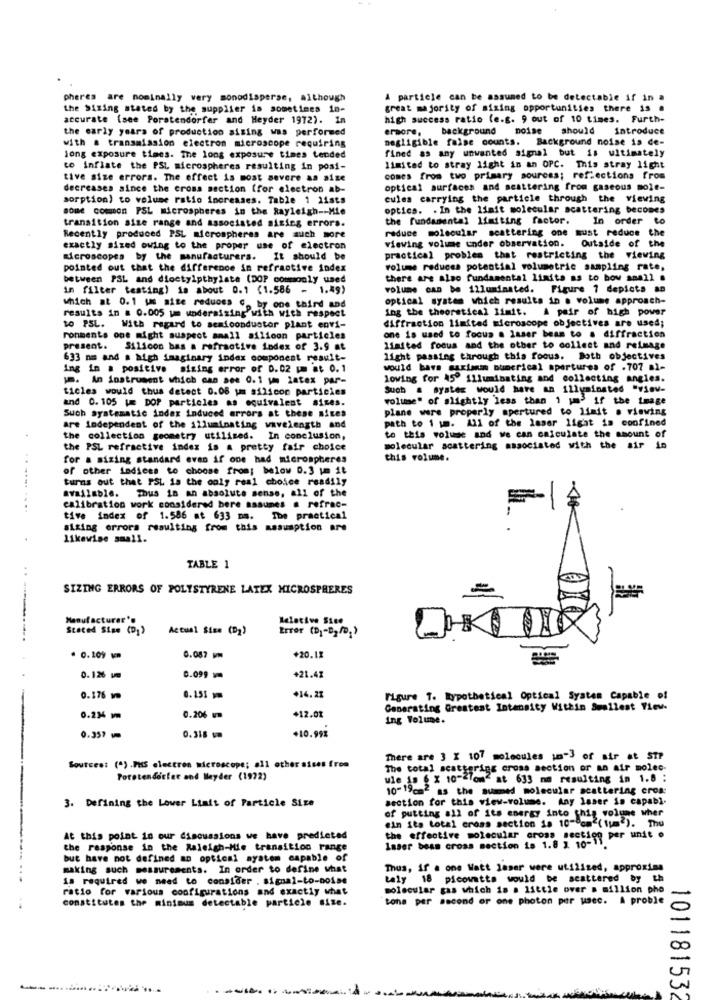
pheres are nominally very monodisperse, although
A particle can be assumed to be detectable if in #
the Sizing stated by the supplier is sometimes in-
great majority of mixing opportunities there is .
accurate (see Porstendorfer and Heyder 1972). In
high success ratio (e.g. 9 out of 10 times. Furth-
the early years of production sising was performed
ermore,
background noise should introduce
negligible false counts. Background noise is de-
with . transmission electron microscope requiring
long exposure times. The long exposure times tended
fined as any unwanted signal but is ultimately
to inflate the PSL microspheres resulting in posi-
limited to stray light in an OPC. This stray light
tive size errors. The effect is most severe as sise
comes from two primary sources; reflections from
decreases since the cross section (for electron ab-
optical surfaces and meattering from gaseous mole-
sorption) to volume ratio increases. Table 1 11sts
cules carrying the particle through the viewing
some common PSL microspheres in the Rayleigh -- Mie
optica. . In the limit molecular scattering becomes
the fundamental limiting factor.
In order to
transition size range and associated sizing errors.
reduce molecular scattering one must reduce the
Recently produced PSL microspheres are auch more
exactly sized owing to the proper use of electron
viewing volume under observation.
Outside of the
Microscopes by the manufacturers. It should be
practical problem that restricting the viewing
pointed out that the difference in refractive index
volume reduces potential volumetric sampling rate,
between PSL and dioetyipthylate (DOP commonly used
there are also fundamental limita as to bow anall .
in filter testing) se about 0.1 (1.586 - 1.49)
volume can be illuminated. Figure 7 depicts an
optical system which results in . volume approach-
which at 0.1 us site reduces c, by one third and
results in # 0.005 um underaising with with respect
ing the theoretical limit. A pair of high power
to PSL. With regard to semiconductor plant envi-
diffraction limited microscope objectives are used;
ronments one might suspect small silicon particles
one is used to focus a laser beam to a diffraction
present. Silicon bas a refractive index of 3.9 at
limited foous and the other to collect and reimage
633 mm and a high imaginary index component result-
light passing through this focus. Both objectives
ing in a positive mising error of 0.02 um at 0.1
would have saxion numerical apertures of .707 al-
um. An instrument which can see 0.1 mm latex par-
lowing for 45º illuminating and collecting angles.
ticles would thus detect 0.06 pm silicon particles
Such a system would have an illuminated "view-
volume" of slightly less than 1 um3 if the image
and 0. 105 um DOP particles as equivalent aires.
plane were properly apertured to limit . viewing
Such systematic index induced errors at these sites
path to 1 1m. All of the laser light is confined
are independent of the illuminating wavelength and
the collection geometry utilised. In conclusion,
to this voluse and we can calculate the amount of
the PSL refractive index is a pretty fair choice
molecular scattering associated with the air in
for a sizing standard even if one had microspheres
this volume.
of other Lodices to choose from; below 0.3 pm it
turns out that PSL is the only real choice readily
......
available. Thus in an absolute sense, all of the
calibration work considered bere assumes . refrac-
tive index of 1.586 at 633 mm. Ibe practical
siting errors resulting from this assumption are
likewise small.
TABLE 1
SIZING ERRORS OF POLYSTYRENE LATEX MICROSPHERES
Manufacturer's
Islative Sice
Stated Size (D1)
Actual Size (D2)
Error (D)-B_ ID,)
. 0.109
0.087
+20.12
0.126 um
0.099
+21.48
0.176 m
0.155
+14.22
Figure 7. Rypothetical Optical System Capable of
+12.0%
Generating Greatest Intensity Within Smallest View-
0.234 1
0.206
ing Volume.
+10.99%
0.357 1
0.318 -
There are 3 X 107 molecules in"} of sir at STP
Sources: (") .PHS electron microscope; all other sites from
The total scattering cross section or an air molec-
Porstendorfet and Heyder (1972)
ule is 6 x 10-Zlom at 633 mm resulting in 1.8 :
10-19cm2 as the suamed molecular scattering cros:
3. Defining the Lower Limit of Particle Size
section for this view-volume. Any Jaser is capable
of putting all of its energy into this volume wher
"in its total cross section is 10-0cm ( 1um"). The
At this point in our discussions we have predicted
the effective molecular cross section per unit .
the response in the Raleigh-Mie transition range
Inser beas cross section is 1.8 2 10-11
but have not defined an optical ayatom capable of
making such measurements. In order to define what
Thus, if a one Watt laser were utilized, approxims
is required we need to consider . signal-to-noise
taly 18 picowatts would be scattered by th
ratio for various configurations and exactly what
molecular gas which is a 15ttle over a million pho
constitutes the minimum detectable particle sise.
tons per second or one photon per usec. A proble
101181532